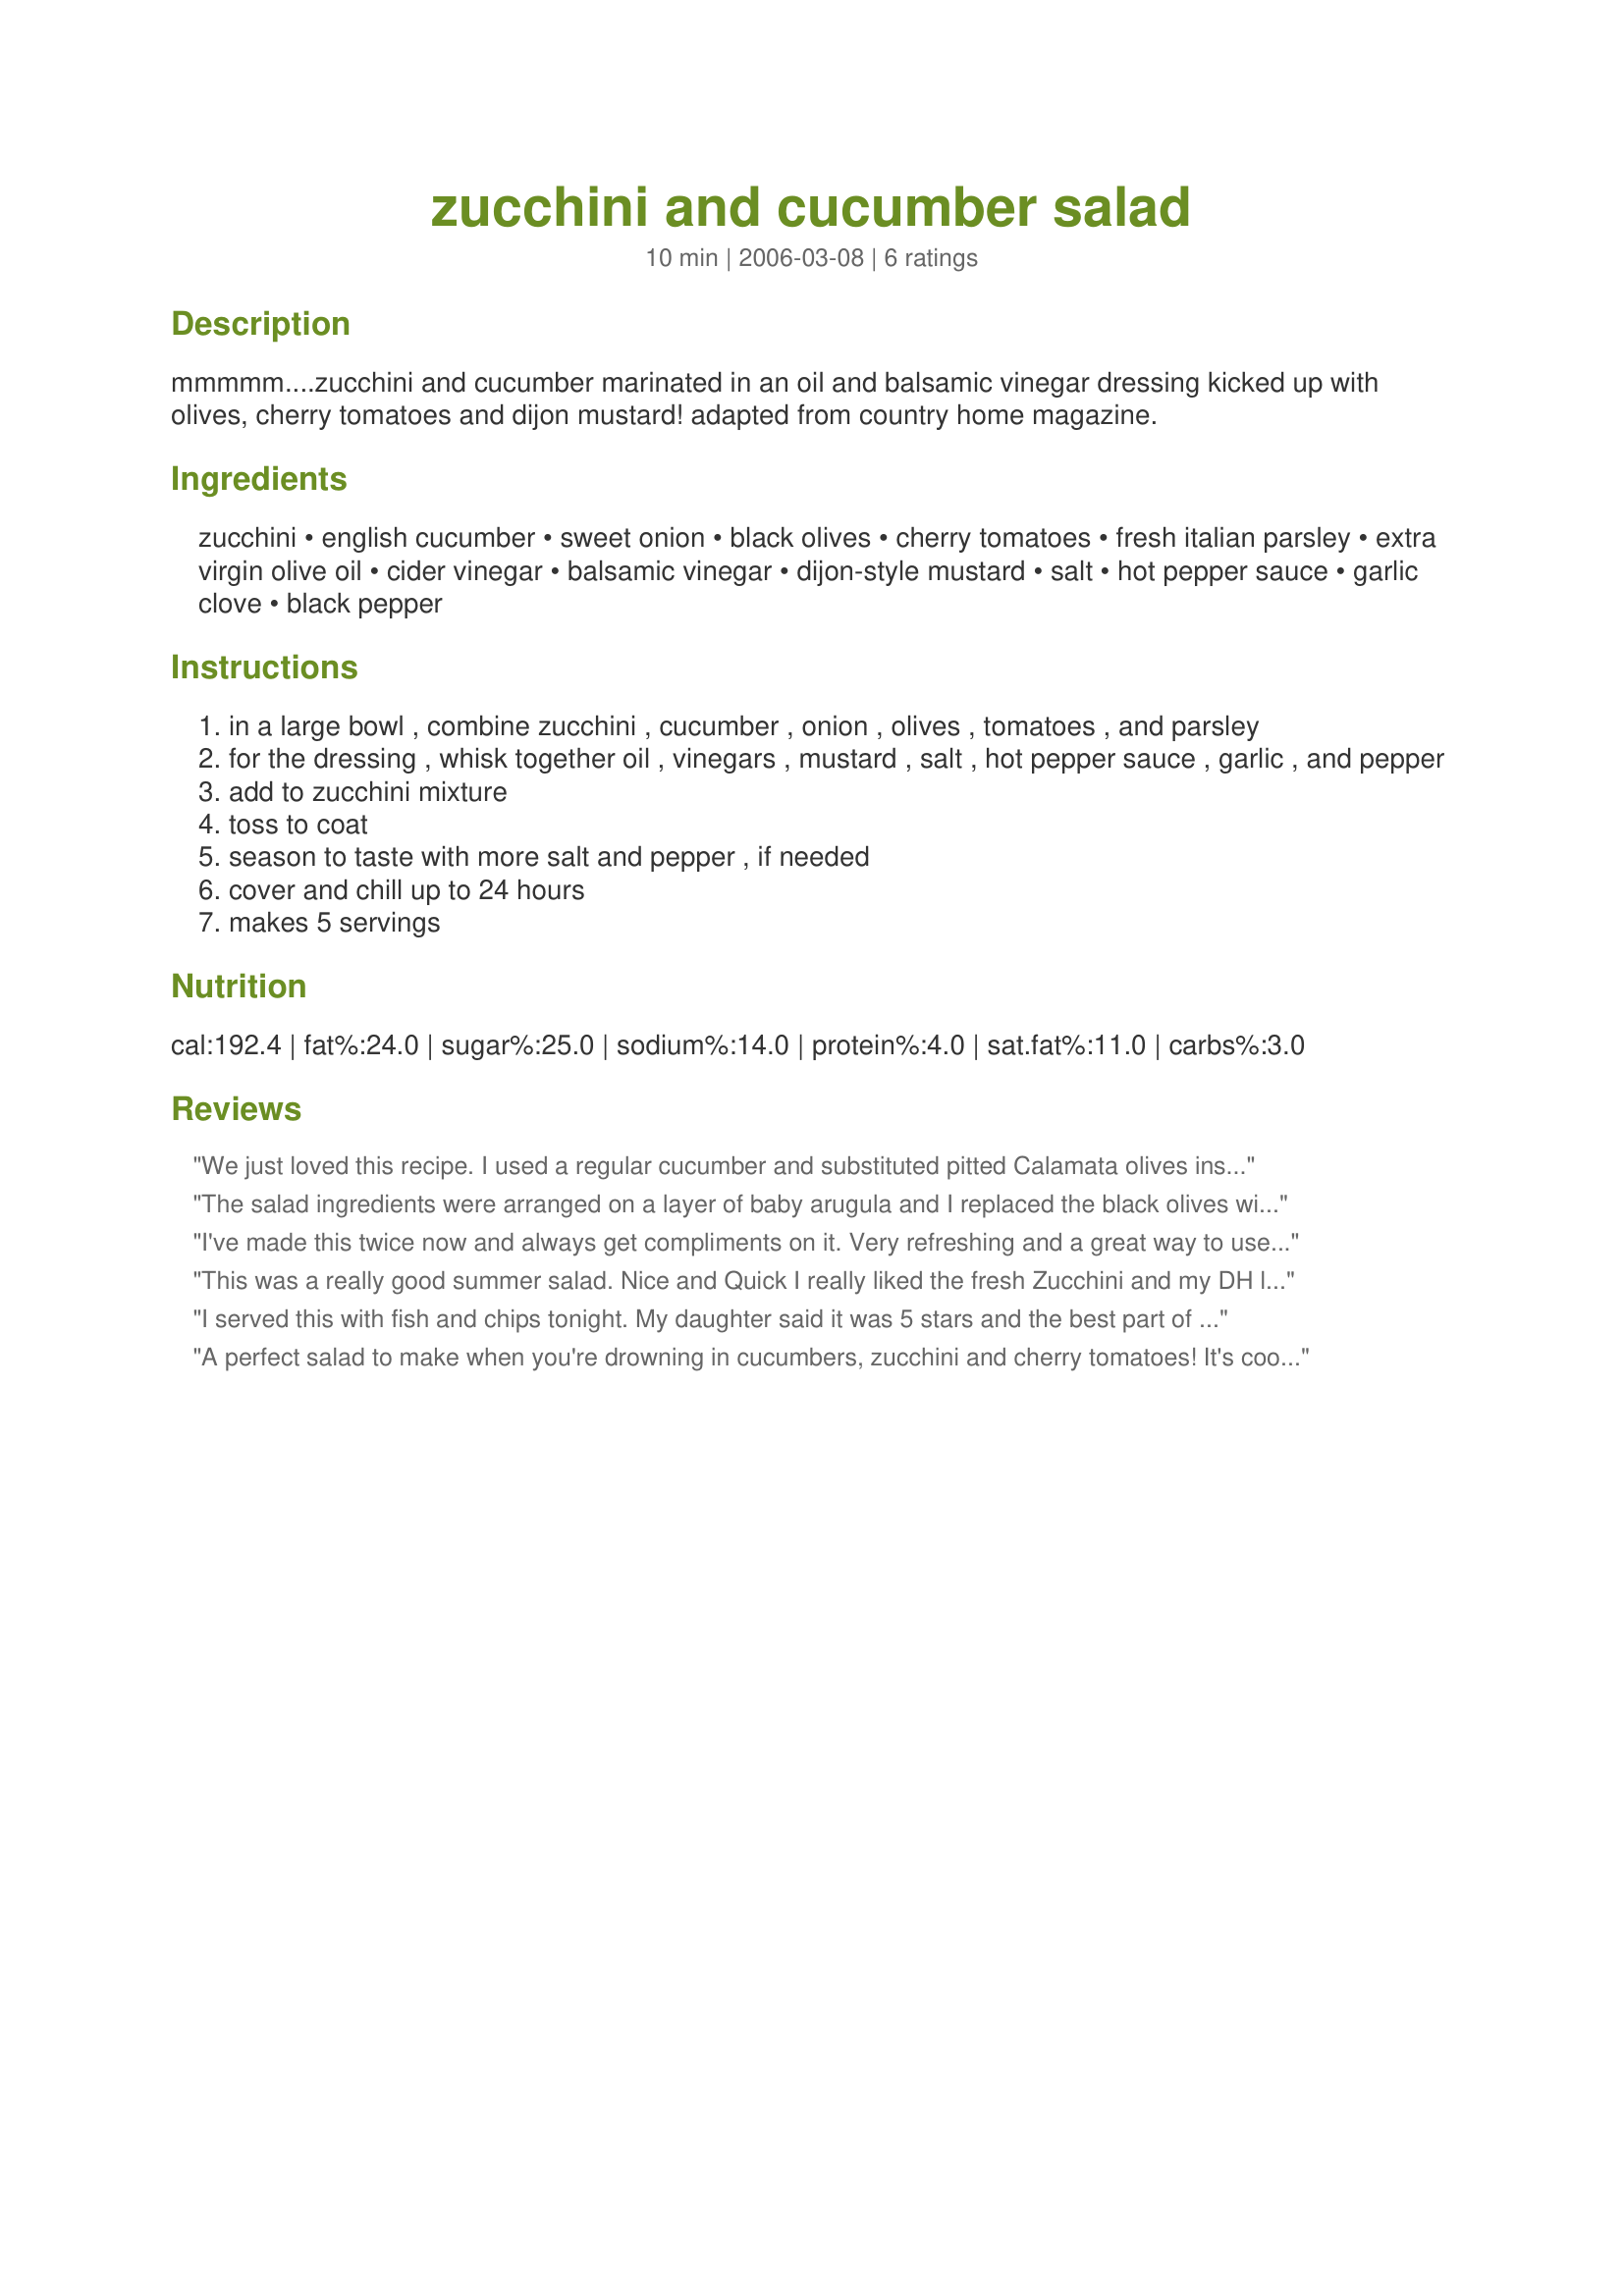
zucchini and cucumber salad
Preparation time: 10 minutes

mmmmm....zucchini and cucumber marinated in an oil and balsamic vinegar dressing kicked up with olives, cherry tomatoes and dijon mustard! adapted from country home magazine.

Ingredients:
zucchini, english cucumber, sweet onion, black olives, cherry tomatoes, fresh italian parsley, extra virgin olive oil, cider vinegar, balsamic vinegar, dijon-style mustard, salt, hot pepper sauce, garlic clove, black pepper

Steps:
in a large bowl , combine zucchini , cucumber , onion , olives , tomatoes , and parsley
for the dressing , whisk together oil , vinegars , mustard , salt , hot pepper sauce , garlic , and pepper
add to zucchini mixture
toss to coat
season to taste with more salt and pepper , if needed
cover and chill up to 24 hours
makes 5 servings

Reviews:
We just loved this recipe. I used a regular cucumber and substituted pitted Calamata olives instead of the black olives. This is a keeper.
sp
The salad ingredients were arranged on a layer of baby arugula and I replaced the black olives with green (forgot to buy). The big difference was that I didn't stir the dressing in with the vegetables rather served it on the side for better presentation. Used vegetables from either the farmer's market or out CSA box. Lemon cucumbers would have been a good addition if I had had any on hand. Reviewed for Veg Tag/September. Thank you!
I've made this twice now and always get compliments on it. Very refreshing and a great way to use garden surplus!
This was a really good summer salad. Nice and Quick I really liked the fresh Zucchini and my DH loved the dressing. Thanks Sharon
I served this with fish and chips tonight. My daughter said it was 5 stars and the best part of the meal (high praise from a fish and chip lover like her!) The pepper sauce was extremely subtle, so if you like it hot, add more. I followed the recipe to a T, and wouldn't change a thing. Thanks Sharon!
A perfect salad to make when you're drowning in cucumbers, zucchini and cherry tomatoes! It's cool and colorful. Makes a great side for grilled foods. I made this as written, using a yellow zucchini (for more color) and reduced the oil to 1/4 cup. I did add just a pinch of sugar. This will be a summertime "regular!" Thanx!
